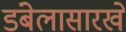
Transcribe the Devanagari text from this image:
डंबेलासारखे